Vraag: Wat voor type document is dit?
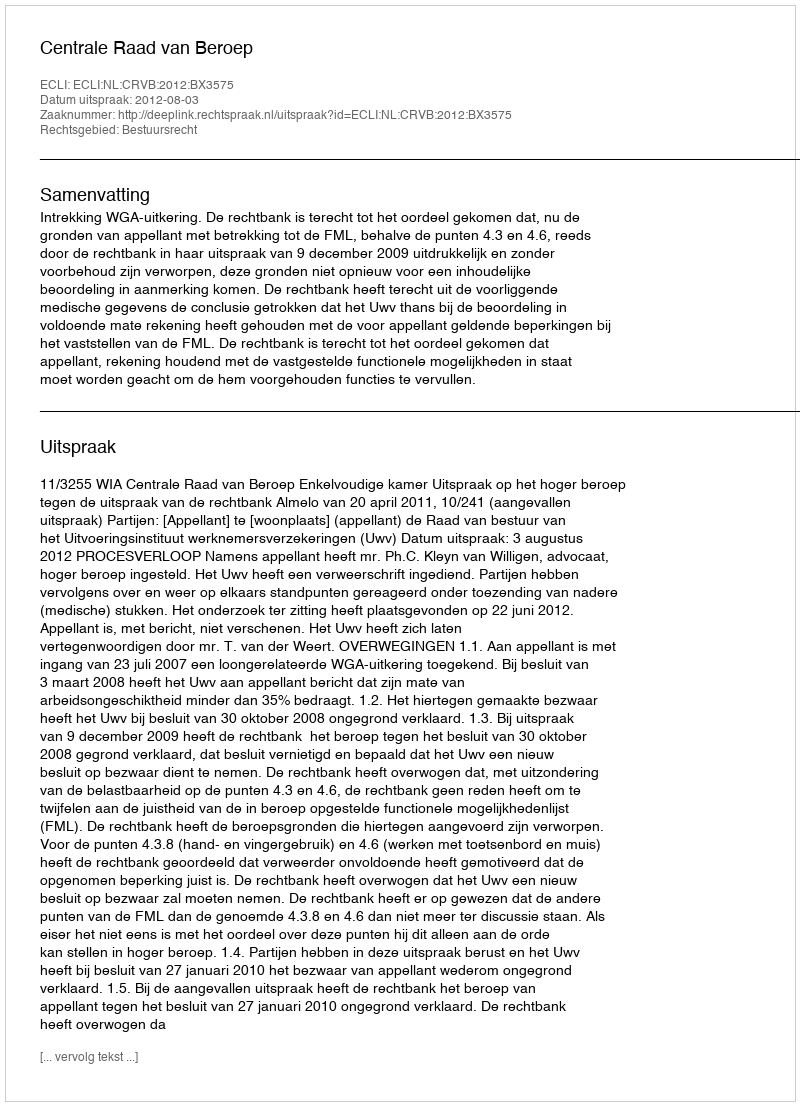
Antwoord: Uitspraak